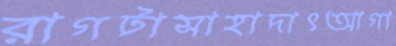
রাগটাসাহাদাৎআগা